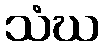
သံဃ